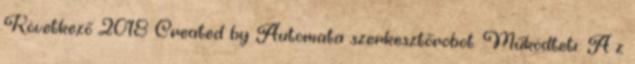
Következő 2018 Created by Automata szerkesztőrobot. Működteti: A z